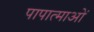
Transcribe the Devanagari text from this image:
पापात्माओं